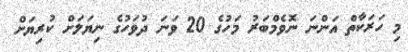
މި ހަރަކާތް އަންނަ ނޮވެމްބަރު މަހުގެ 20 ވަނަ ދުވަހުގެ ނިޔަލަށް ކުރިޔަށް